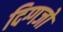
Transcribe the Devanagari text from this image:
दिग्गजो